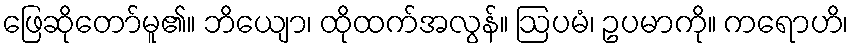
ဖြေဆိုတော်မူ၏။ ဘိယျော၊ ထိုထက်အလွန်။ ဩပမံ၊ ဥပမာကို။ ကရောဟိ၊